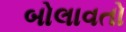
બોલાવતો